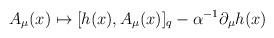
LaTeX: \begin{align*}A_\mu (x) \mapsto [h(x), A_\mu (x)]_q - \alpha ^{-1}\partial _\mu h(x)\end{align*}